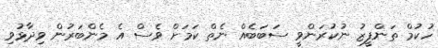
ހުކުމް ތަންފީޒު ނުކުރަންވީ ސަބަބެއް ނެތް ކަމަށް ވެސް އެ މެންބަރުން ވިދާޅުވި